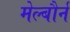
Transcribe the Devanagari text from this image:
मेल्बौर्न